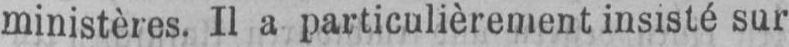
ministères. Il a particulièrement insisté sur